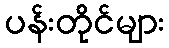
ပန်းတိုင်များ